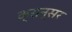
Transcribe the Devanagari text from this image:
क्रान्सर